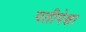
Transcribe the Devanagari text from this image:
पतीपेक्षा